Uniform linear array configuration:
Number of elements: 12
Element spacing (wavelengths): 0.5
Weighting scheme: hamming
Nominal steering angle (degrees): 0
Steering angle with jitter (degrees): -1.266
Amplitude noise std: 0.05
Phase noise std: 0.05

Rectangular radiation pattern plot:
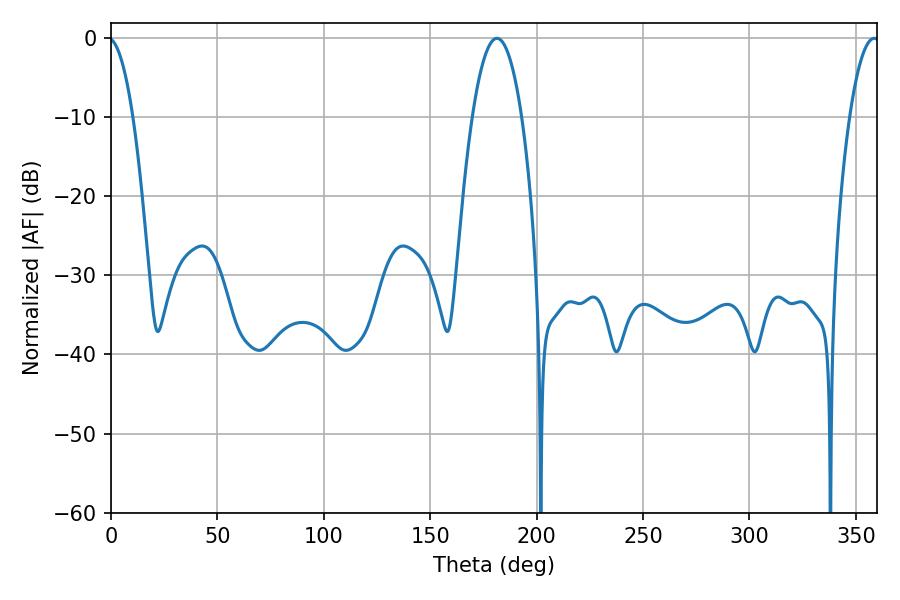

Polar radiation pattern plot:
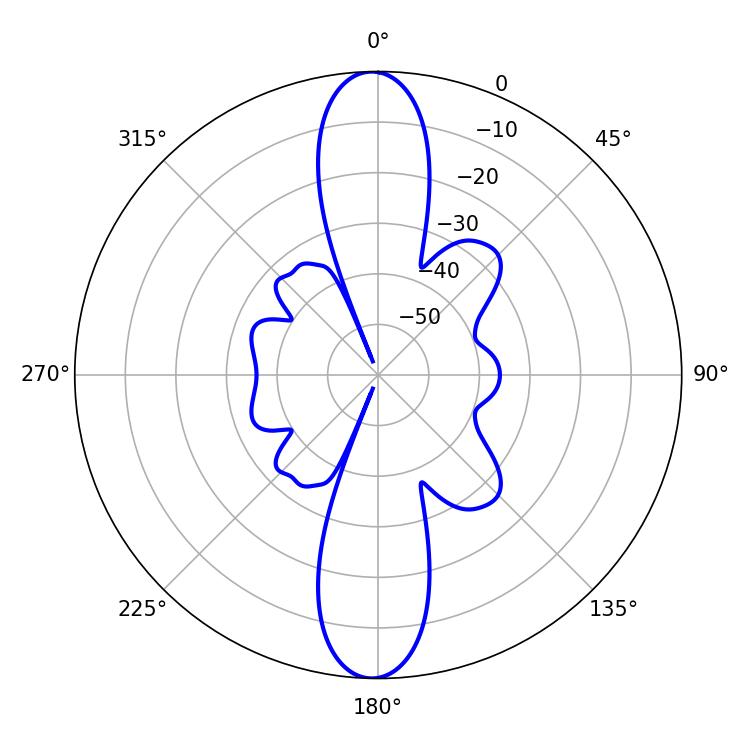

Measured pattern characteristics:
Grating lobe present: FALSE
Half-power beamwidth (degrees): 12.78
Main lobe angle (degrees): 181.44